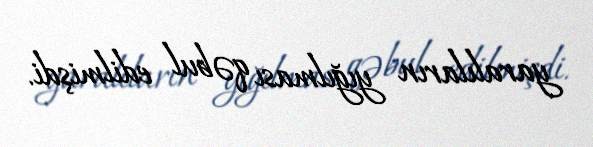
yaralıların yığılması qəbul edilmişdi.